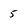
Character: 5